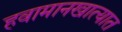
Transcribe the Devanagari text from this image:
हवामानखात्यात